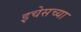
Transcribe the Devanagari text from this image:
इचेसच्या